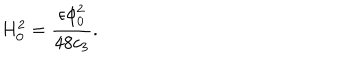
LaTeX: H _ { 0 } ^ { 2 } = { \frac { \epsilon \phi _ { 0 } ^ { 2 } } { 4 8 c _ { 3 } } } .